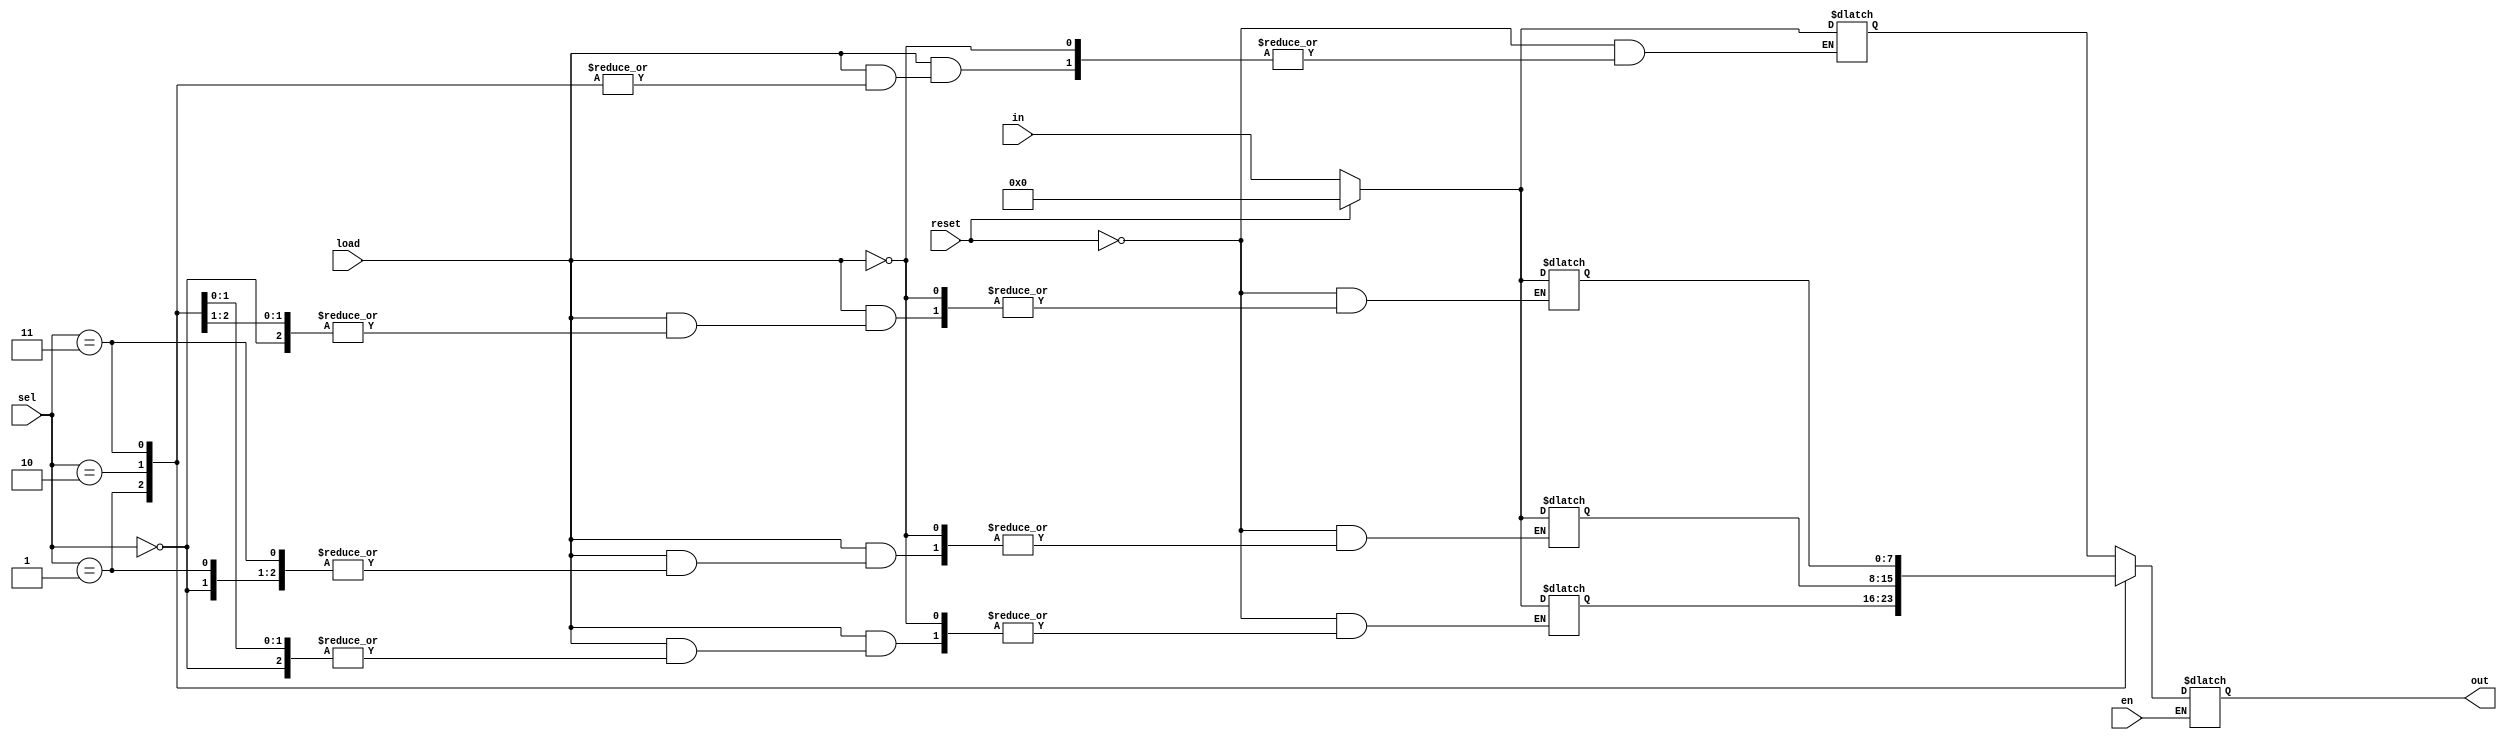
module reg_bank
	(
		sel,
		en,
		load,
		reset,
		in,
		out
	);

	input [1:0] sel;
	input [7:0] in;

	input en;
	input load;
	input reset;

	output [7:0] out;
	
	reg [7:0] out;

	reg [7:0] regs [0:3];
	
	integer i;
	
	initial
		begin
			out = 8'b00000000;
		
			for (i = 0; i < 4; i = i + 1)
				begin
					regs[i] = 8'b00000000;
				end
		end
	
	always @ (sel or en or load or reset)
		begin
			if (en == 1'b1)
				begin
					out = regs[sel];
				end
				
			if (load == 1'b1)
				begin
					regs[sel] = in;
				end
				
			if (reset == 1'b1)
				begin
					for (i = 0; i < 4; i = i + 1)
						begin
							regs[i] = 8'b00000000;
						end
				end
		end
	
endmodule